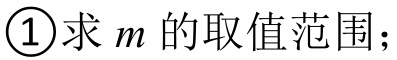
\textcircled{1}求\(m\)的取值范围；